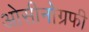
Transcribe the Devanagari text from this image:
ओसीनोग्रफी